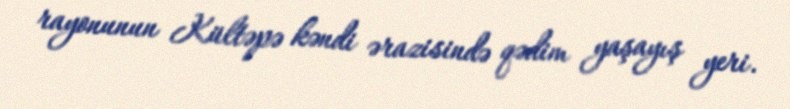
rayonunun Kültəpə kəndi ərazisində qədim yaşayış yeri.